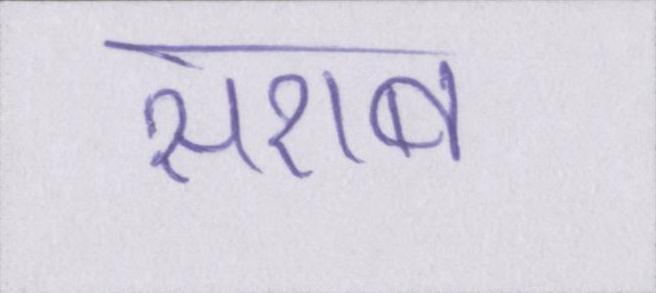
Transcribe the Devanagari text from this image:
सराब